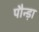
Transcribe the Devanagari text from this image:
पौन्ड़ा